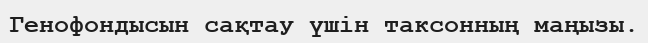
Генофондысын сақтау үшін таксонның маңызы.